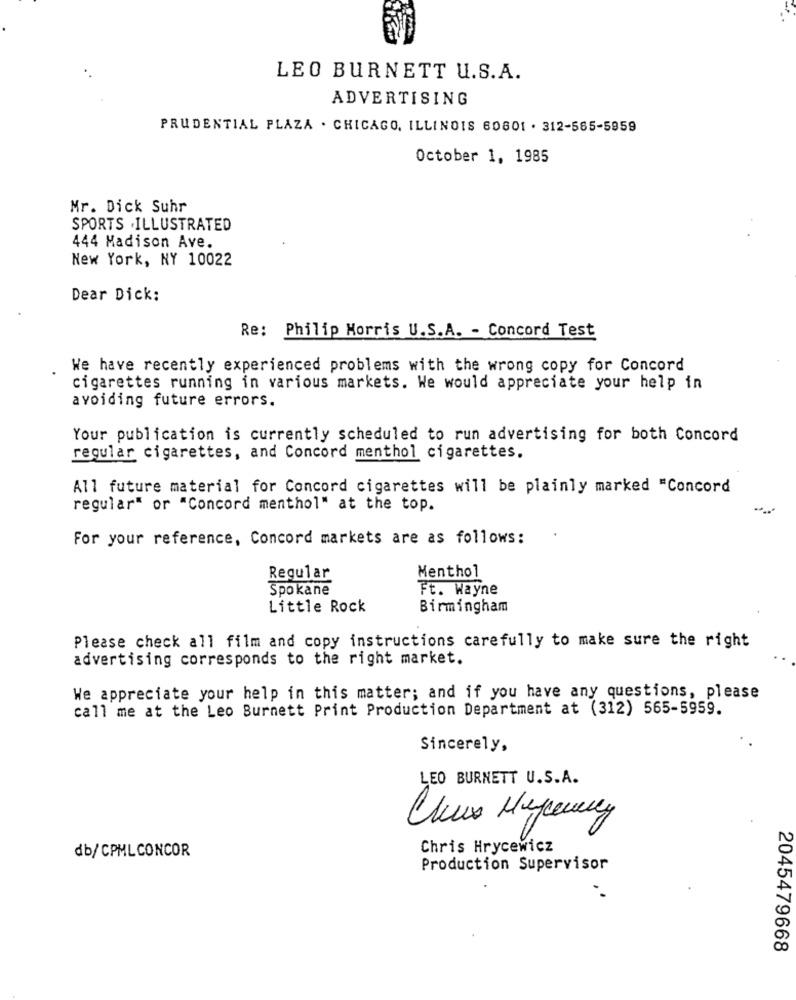
LEO BURNETT U.S.A.
ADVERTISING
PRUDENTIAL PLAZA . CHICAGO, ILLINOIS 60601 . 312-585-5959
October 1, 1985
Mr. Dick Suhr
SPORTS ILLUSTRATED
444 Madison Ave.
New York, NY 10022
Dear Dick:
Re: Philip Morris U.S.A. - Concord Test
We have recently experienced problems with the wrong copy for Concord
cigarettes running in various markets. We would appreciate your help in
avoiding future errors.
Your publication is currently scheduled to run advertising for both Concord
regular cigarettes, and Concord menthol cigarettes.
All future material for Concord cigarettes will be plainly marked "Concord
regular" or "Concord menthol" at the top.
For your reference, Concord markets are as follows:
Menthol
Regular
Spokane
Ft. Wayne
Little Rock
Birmingham
Please check all film and copy instructions carefully to make sure the right
advertising corresponds to the right market.
We appreciate your help in this matter; and if you have any questions, please
call me at the Leo Burnett Print Production Department at (312) 565-5959.
Sincerely,
LEO BURNETT U.S.A.
Chris Hrycewicz
db/CPMLCONCOR
Production Supervisor
2045479668